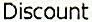
DISCOUNT